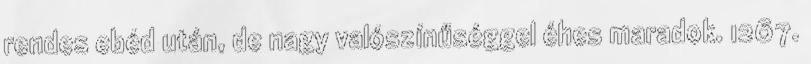
rendes ebéd után, de nagy valószínűséggel éhes maradok. 1267.